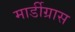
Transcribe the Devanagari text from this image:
मार्डीग्रास